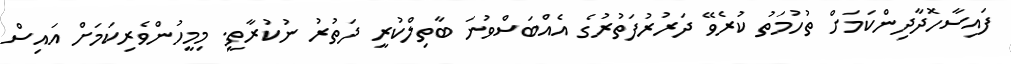
ފައިސާހޮދާދިންކަމަށް ތުހުމަތު ކުރެވޭ ދަރުރުފަތުރުގެ އެއްބަސްވުނަ ބާތިލްކުރީ ދަތުރު ނުކުރާތީ. މިމީހުންވެރިކަމަށް އައިސް